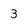
Character: 3